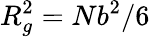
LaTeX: R_{g}^{2}=Nb^{2}/6